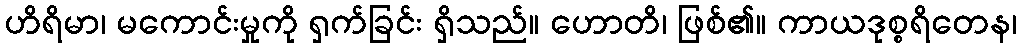
ဟိရိမာ၊ မကောင်းမှုကို ရှက်ခြင်း ရှိသည်။ ဟောတိ၊ ဖြစ်၏။ ကာယဒုစ္စရိတေန၊